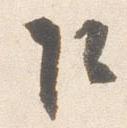
乍